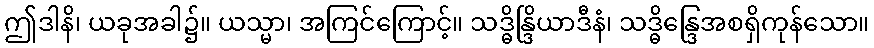
ဤဒါနိ၊ ယခုအခါ၌။ ယသ္မာ၊ အကြင်ကြောင့်။ သဒ္ဓိန္ဒြိယာဒီနံ၊ သဒ္ဓိန္ဒြေအစရှိကုန်သော။